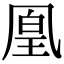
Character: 凰